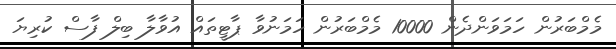
މެމްބަރުން ހަމަވަންދެން 10000 މެމްބަރުން ހަމަނުވާ ޕާޓީތައް އުވާލާ ބިލް ފާސް ކުރިޔަ